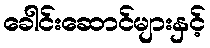
ခေါင်းဆောင်များနှင့်